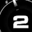
Digit: 2